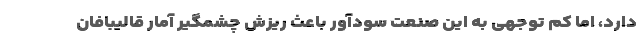
دارد، اما کم توجهی به این صنعت سودآور باعث ریزش چشمگیر آمار قالیبافان